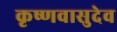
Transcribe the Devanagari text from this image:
कृष्णवासुदेव